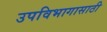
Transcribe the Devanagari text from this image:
उपविभागासाठी